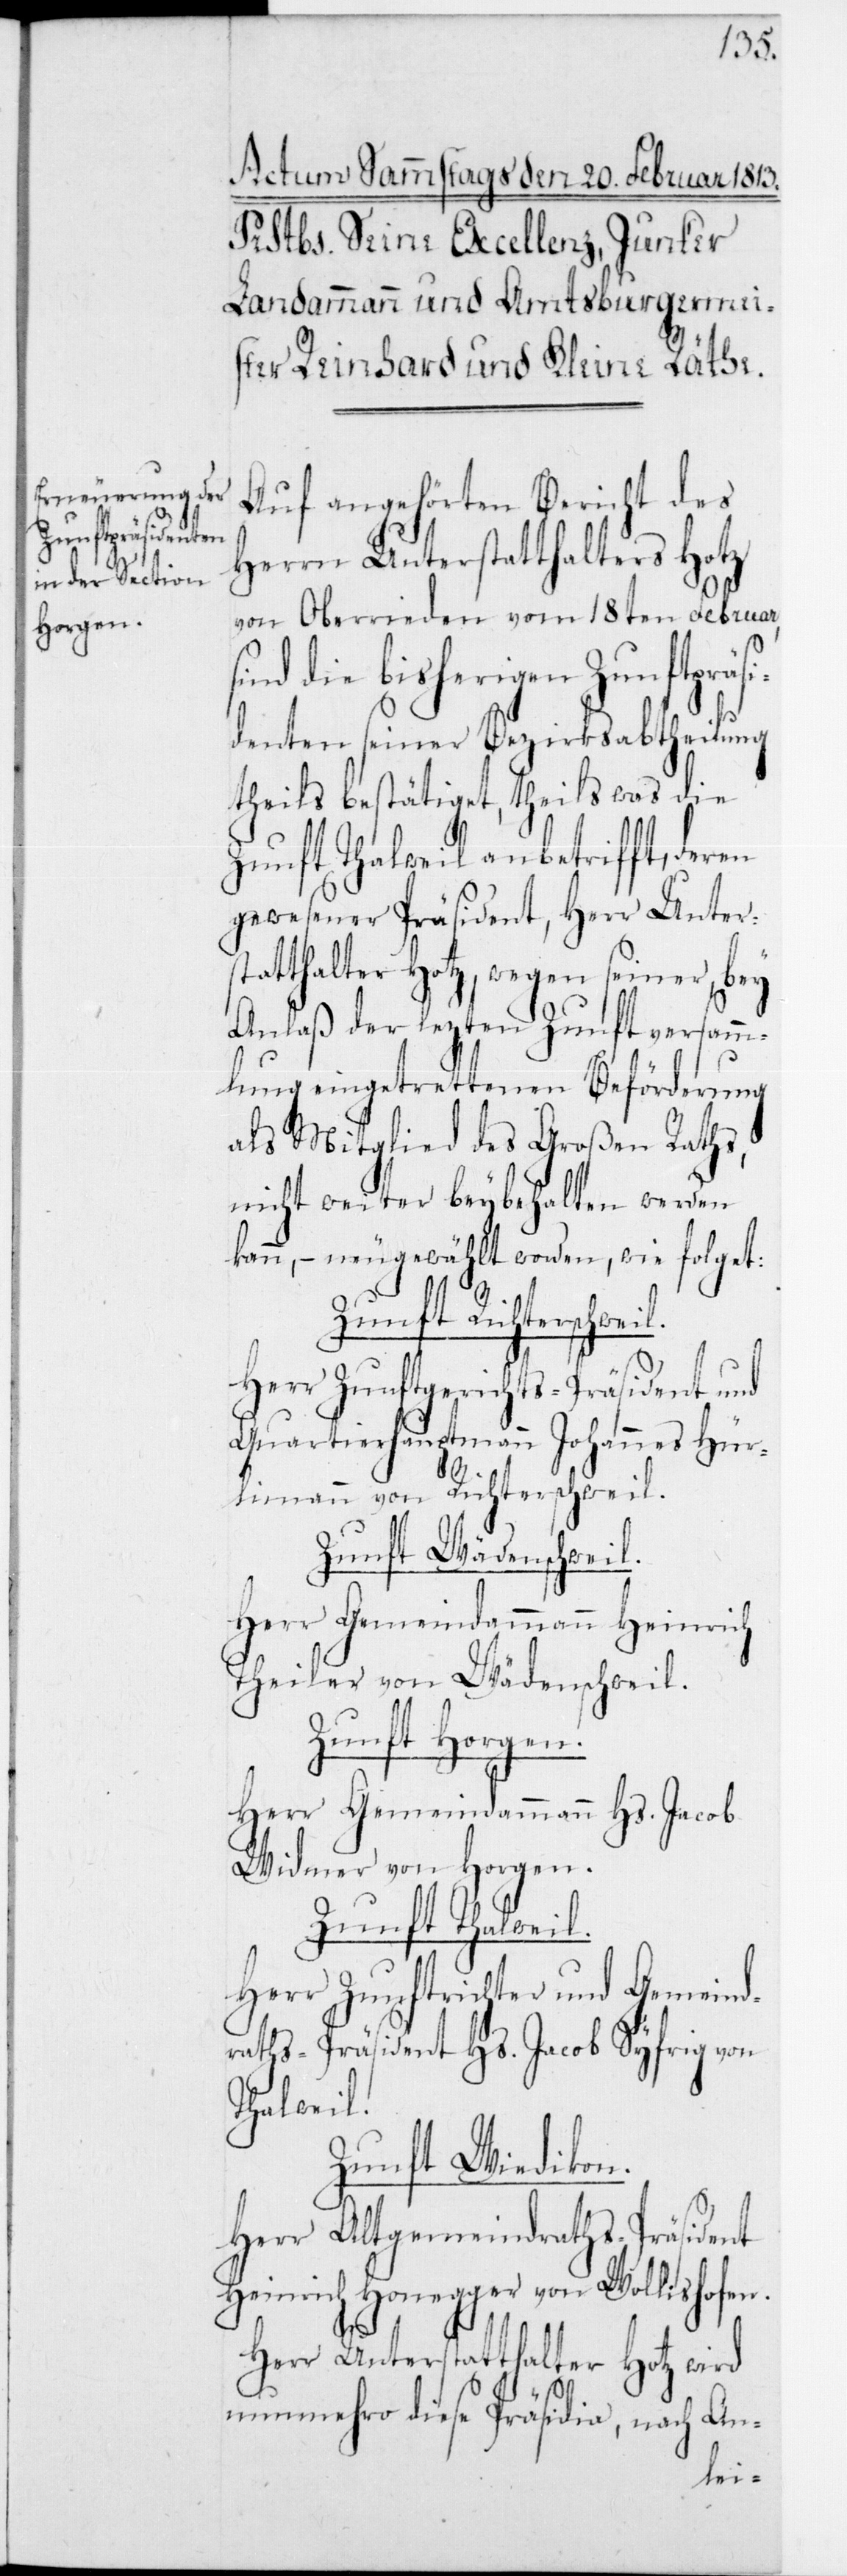
Auf angehörten Bericht des
Herrn Unterstatthalters Hotz
von Oberrieden vom 18ten Februar,
nd die bisherigen Zunftpräsi¬
denten seiner Bezirksabtheilung
theils bestätiget, theils was die
Zunft Thalweil anbetrifft, deren
gewesener Präsident, Herr Unters¬
tatthalter Hotz, wegen seiner bey
Anlaß der lezten Zunftversamm¬
lung eingetrettenen Beförderung
als Mitglied des Großen Raths,
nicht weiter beybehalten werden
kann, – neugewählt worden, wie folget:
Zunft Richtersweil.
Herr Zunftgerichts-Präsident und
Quartierhauptmann Johannes Hür¬
limann von Richtersweil.
Zunft Wädenschweil.
Herr Gemeindammann Heinrich
Theiler von Wädenschweil.
Zunft Horgen.
Herr Gemeindammann Hs. Jacob
Widmer von Horgen.
Zunft Thalweil.
Herr Zunftrichter und Gemeind¬
raths-Präsident Hs. Jacob Syfrig von
Thalweil.
Zunft Wiedikon.
Herr Altgemeindraths-Präsident
Heinrich Honegger von Wollishofen.
Herr Unterstatthalter Hotz wird
nunmehro diese Präsidia, nach An-
si¬